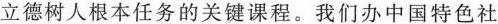
立德树人根本任务的关键课程。我们办中国特色社